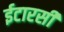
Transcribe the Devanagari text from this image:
ईटारसी